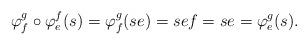
LaTeX: \begin{align*}\varphi^g_f \circ \varphi^f_e(s) = \varphi^g_f(se) = sef = se = \varphi^g_e(s).\end{align*}